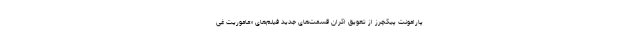
پارامونت پیکچرز از تعویق اکران قسمت‌های جدید فیلم‌های «ماموریت غی